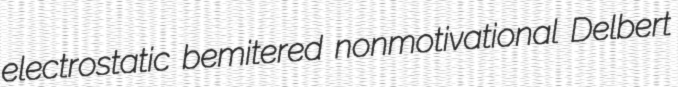
electrostatic bemitered nonmotivational Delbert